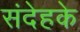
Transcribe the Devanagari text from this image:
संदेहके